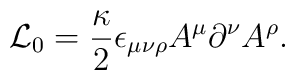
{\cal L}_0=\frac{\kappa}{2}\epsilon_{\mu\nu\rho}A^\mu\partial^\nu A^\rho.